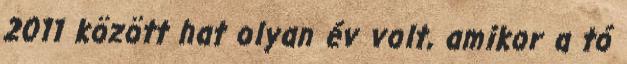
2011 között hat olyan év volt, amikor a tó